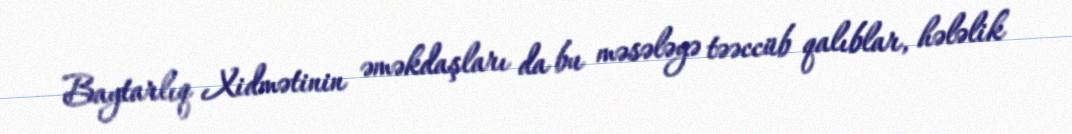
Baytarlıq Xidmətinin əməkdaşları da bu məsələyə təəccüb qalıblar, hələlik